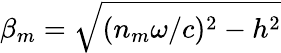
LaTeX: \beta_{m}=\sqrt{(n_{m}\omega/c)^{2}-h^{2}}